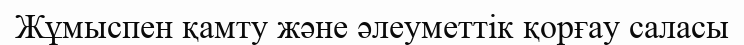
Жұмыспен қамту және әлеуметтік қорғау саласы